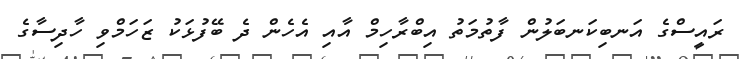
ރައީސްގެ އަނބިކަނބަލުން ފާތުމަތު އިބްރާހިމް އާއި އެހެން ދެ ބޭފުޅަކު ޒަހަމްވި ހާދިސާގެ